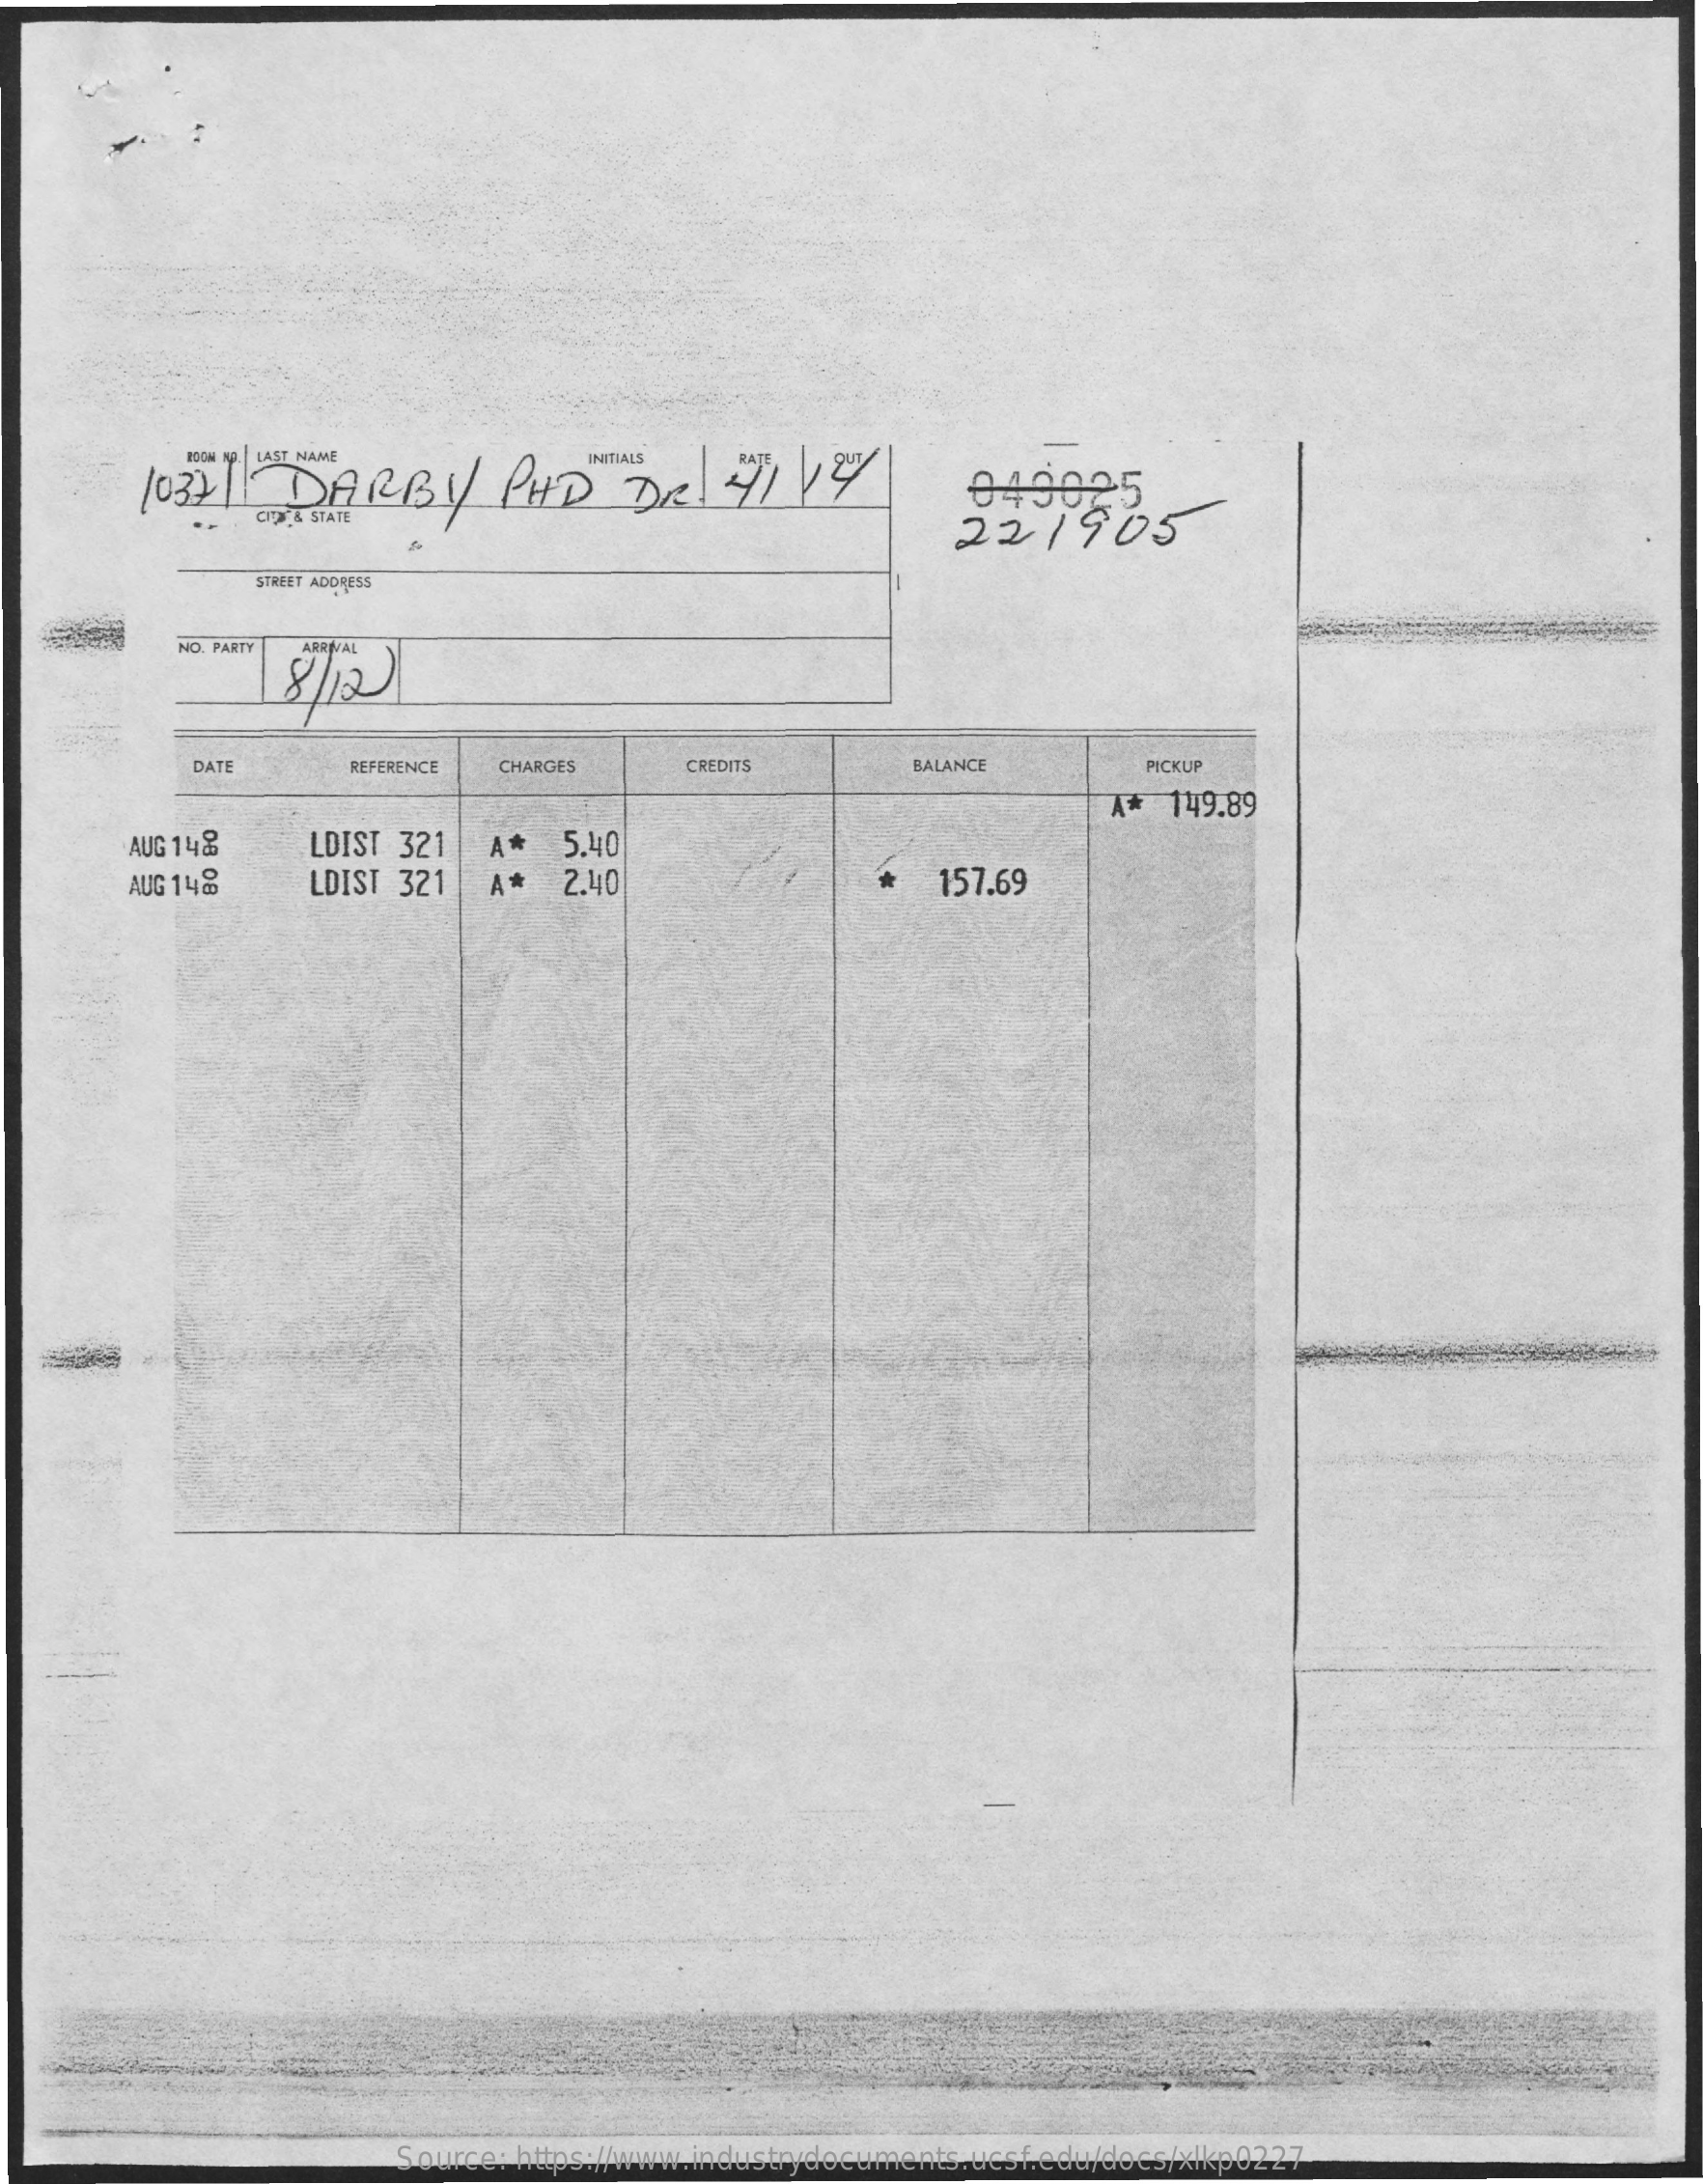
10371   DARBY    PHD    DR  / 4/1  1/2/    049025
     22    1905
     STREET ADDRESS
     NO. PARTY
     8/12
     DATE    REFERENCE CHARGES    CREDITS    BALANCE    PICKUP
     AUG 148    LDIST 321
     ** 149.89
     A*   5.40
     AUG 14@    LDIST 321   A *  2.40    157.69
     Source: https://www.industrydocuments.ucsf.edu/docs/xlkp0227